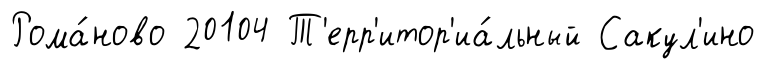
Рома́ново 20104 Т'ерр'итор'иа́льный Сакул'ино